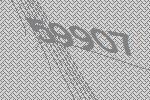
59907